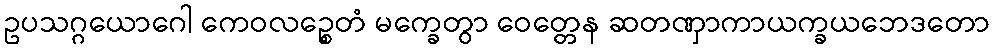
ဥပသဂ္ဂယောဂေါ ကေဝလဉ္စေတံ မက္ခေတွာ ဝေတ္တေန ဆတဏှာကာယက္ခယဘေဒတော